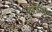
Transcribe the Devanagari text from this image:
हृदयशाह